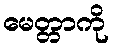
မေတ္တာကို